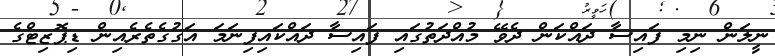
ނީލަން ނިމި ފައިސާ ދައްކަން ދެވޭ މުއްދަތުގައި ފައިސާ ދައްކައިފިނަމަ އަގުގެތެރެއިން ޑިޕޮޒިޓްގެ